Report on sanitation, dispensaries, and jails in Rajputana for 1914, and on vaccination for the year 1914-1915 - 1914-1915
Year: 1914
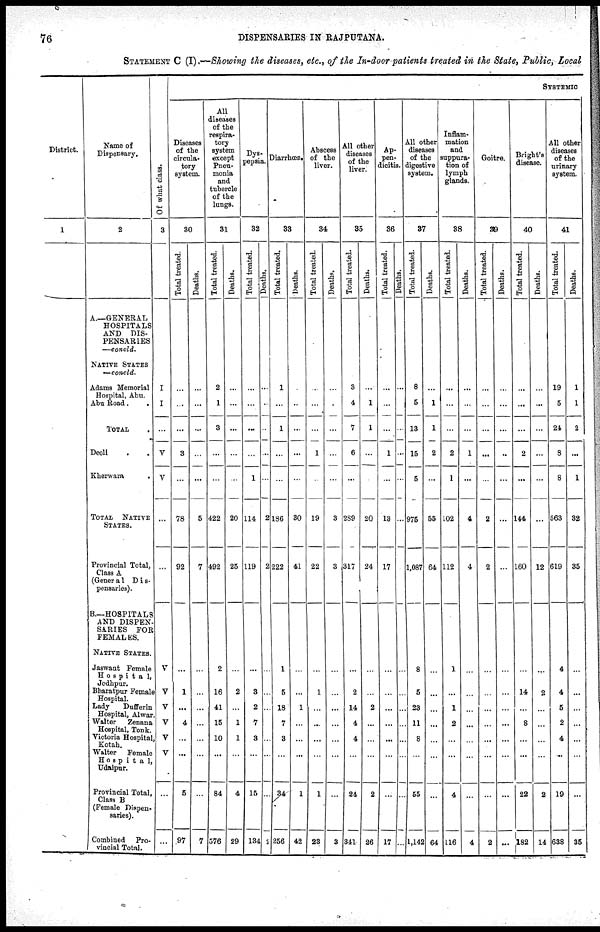
76
DISPENSARIES IN RAJPUTANA.
STATEMENT C (I) .—Showing the diseases, etc., of the In-door patients treated in the State, Public, Local
District.
1
Name of
Dispensary.
2
A.—GENERAL
HOSPITALS
AND DIS-
PENSARIES
—concld.
NATIVE STATES
—concld.
Adams Memorial
Hospital, Abu.
Abu Road. .
TOTAL .
Deoli .
Kherwara .
TOTAL NATIVE
STATES.
Provincial Total,
Class A
(Genera1 Dis¬
pensaries).
B—HOSPITALS
AND DISPEN¬
SARIES FOR
FEMALES.
NATIVE STATES.
Jaswant Female
Hospital,
Jodhpur.
Bharatpur Female
Hospital.
Lady
Dufferin
Hospital, Alwar
Walter
Zenana
Hospital, Tonk.
Victoria Hospital,
Kotah.
Walter
Female
Hospital,
Udaipur.
Provincial Total,
Class B
(Female Dispen-
saries).
Combined Pro-
vincial Total.
Of what class.
3
I
I
...
V
V
...
...
V
V
V
V
V
V
...
...
SYSTEMIC
Diseases
of the
circula-
tory
system.
30
Total treated.
...
...
...
3
...
78
92
...
1
...
4
...
...
5
97
Deaths.
...
...
...
...
...
5
7
...
...
...
...
...
...
...
7
All
diseases
of the
respira-
tory
system
except
Pneu-
monia
and
tubercle
of the
lungs.
31
Total treated.
2
1
3
...
...
422
492
2
16
41
15
10
...
84
576
Deaths.
...
...
...
...
...
20
25
...
2
...
1
1
...
4
29
Dys¬
pepsia.
32
Total treated.
...
...
...
...
1
114
119
...
3
2
7
3
...
15
134
Deaths.
...
...
...
...
...
2
2
...
...
...
...
...
...
...
2
Diarrhœa.
33
Total treated.
1
...
1
...
...
186
222
1
5
18
7
3
...
34
256
Deaths.
...
...
...
...
...
30
41
...
...
1
...
...
...
1
42
Abscess
of the
liver.
34
Total treated.
...
...
...
1
...
19
22
...
1
...
...
...
...
1
23
Deaths.
...
...
...
...
...
3
3
...
...
...
...
...
...
...
3
All other
diseases
of the
liver.
35
Total treated.
3
4
7
6
...
289
317
...
2
14
4
4
...
24
341
Deaths.
...
1
1
...
...
20
24
...
...
2
...
...
...
2
26
Ap-
pen-
dicitis.
36
Total treated.
...
...
...
1
...
13
17
...
...
...
...
...
...
...
17
Deaths.
...
...
...
...
...
...
...
...
...
...
...
...
...
...
All other
diseases
of the
digestive
system.
37
Total treated.
8
5
13
15
5
975
1,087
8
5
23
11
8
...
55
1,142
Deaths.
...
1
1
2
...
55
64
...
...
...
...
...
...
...
64
Inflam-
mation
and
suppura¬
tion of
lymph
glands.
38
Total treated.
...
...
...
2
1
102
112
1
...
1
2
...
...
4
116
Deaths.
...
...
...
1
...
4
4
...
...
...
...
...
...
...
4
Goitre.
39
Total treated.
...
...
...
...
...
2
2
...
...
...
...
...
...
...
2
Deaths.
...
...
...
...
...
...
...
...
...
...
...
...
...
...
...
Bright's
disease.
40
Total treated.
...
...
...
2
...
144
160
...
14
...
8
...
...
22
182
Deaths.
...
...
...
...
...
...
12
...
2
...
...
...
...
2
14
All other
diseases
of the
urinary
system.
41
Total treated.
19
5
24
8
8
563
619
4
4
5
2
4
...
19
638
Deaths.
1
1
2
...
1
32
35
...
...
...
...
...
...
...
35